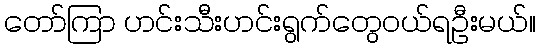
တော်ကြာ ဟင်းသီးဟင်းရွက်တွေဝယ်ရဦးမယ်။